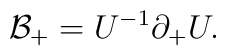
{\cal B}_+ = U^{-1} \partial_+U.